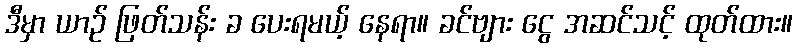
ဒီမှာ ယာဉ် ဖြတ်သန်း ခ ပေးရမယ့် နေရာ။ ခင်ဗျား ငွေ အဆင်သင့် ထုတ်ထား။